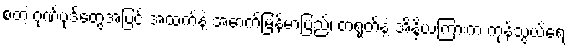
စတဲ့ ဂုဏ်ပုဒ်တွေအပြင် အထက်နဲ့ အောက်မြန်မာပြည်၊ တရုတ်နဲ့ အိန္ဒိယကြားက ကုန်သွယ်ရေး